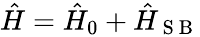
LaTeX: \begin{array}{r}{\hat{H}=\hat{H}_{0}+\hat{H}_{\mathrm{~S~B~}}}\end{array}